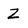
Character: Z